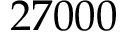
2 7 0 0 0